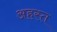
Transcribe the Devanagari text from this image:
अहस्त